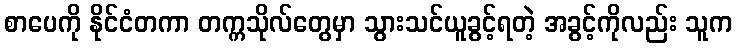
စာပေကို နိုင်ငံတကာ တက္ကသိုလ်တွေမှာ သွားသင်ယူခွင့်ရတဲ့ အခွင့်ကိုလည်း သူက